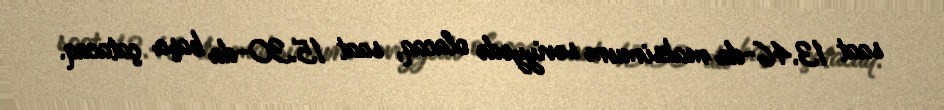
saat 13.46-da maksimum səviyyədə olacaq, saat 15.30-da başa çatacaq.